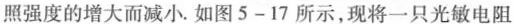
照强度的增大而减小.如图5-17所示，现将一只光敏电阻